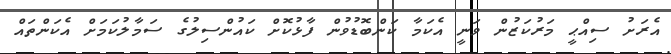
އެރަށު ސިއްޙީ މަރުކަޒުން ވަނީ އެކަމާ ކަންބޮޑުވުން ފާޅުކޮށް ކައުންސިލުގެ ސަމާލުކަމަށް އެކަންތައް